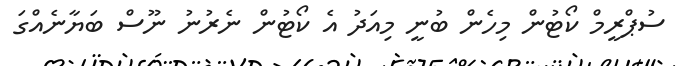
ސުޕްރީމް ކޯޓުން މިހެން ބުނީ މިއަދު އެ ކޯޓުން ނެރުނު ނޫސް ބަޔާނެއްގަ